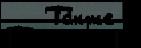
   Та́кже